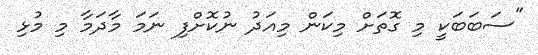
"ސަބަބަކީ މި ގޮތަށް މިކަން މިއަދު ނުކޮށްފި ނަމަ މާދަމާ މި މުޅި